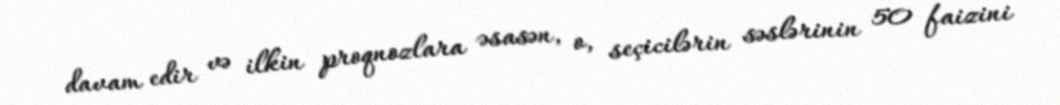
davam edir və ilkin proqnozlara əsasən, o, seçicilərin səslərinin 50 faizini